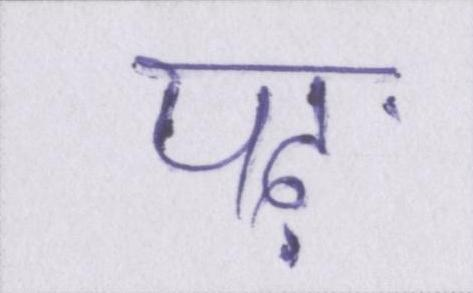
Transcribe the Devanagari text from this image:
पढ़